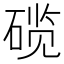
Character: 𬒗